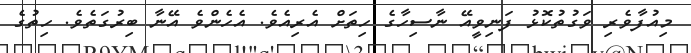
މިއުފާވެރި ވަގުތުކޮޅު ފަނިވީއޭ ނާސިހާގެ ހިތަށް އެރިއެވެ. އެހެންވެ އޭނާ ބިރުގަތެވެ. ހިތުގެ